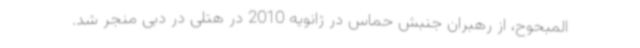
المبحوح، از رهبران جنبش حماس در ژانویه 2010 در هتلی در دبی منجر شد.